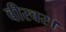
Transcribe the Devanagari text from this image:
वीरवर।